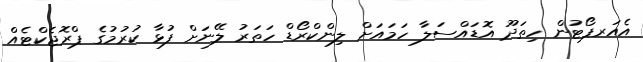
އެއަރޕޯޓުން ހިތަދޫ އޮޑައްސަލާ ހަމައަށް ލިންކްރޯޑް ހަތަރު ލޭނަށް ފުޅާ ކުރުމުގެ ޕްރޮޖެކްޓެއް